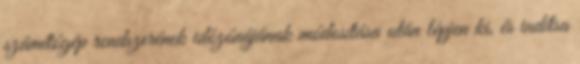
számítógép rendszerének időzónájának módosítása után lépjen ki, és indítsa